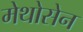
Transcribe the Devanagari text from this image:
मेथोसेन